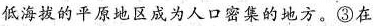
低海拔的平原地区成为人口密集的地方。③在